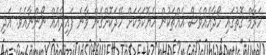
ހަރާމް ގޮތުގައި ހޯދާއެއްވެސް އެއްޗަކުން ހެޔޮކަމަކަށް ހޭދަކޮށްގެން ވާނެ ފައިދާއެއް ނޯންނާއެވެ. އަދި